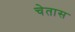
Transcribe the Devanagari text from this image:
चेतास